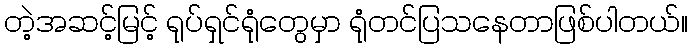
တဲ့အဆင့်မြင့် ရုပ်ရှင်ရုံတွေမှာ ရုံတင်ပြသနေတာဖြစ်ပါတယ်။